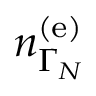
n _ { \Gamma _ { N } } ^ { \left( \mathrm { e } \right) }